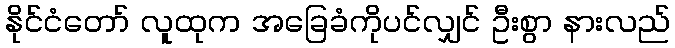
နိုင်ငံတော် လူထုက အခြေခံကိုပင်လျှင် ဦးစွာ နားလည်